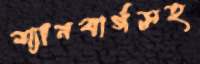
শ্যানবার্গসহ